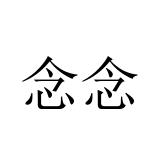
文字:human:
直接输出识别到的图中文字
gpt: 念念